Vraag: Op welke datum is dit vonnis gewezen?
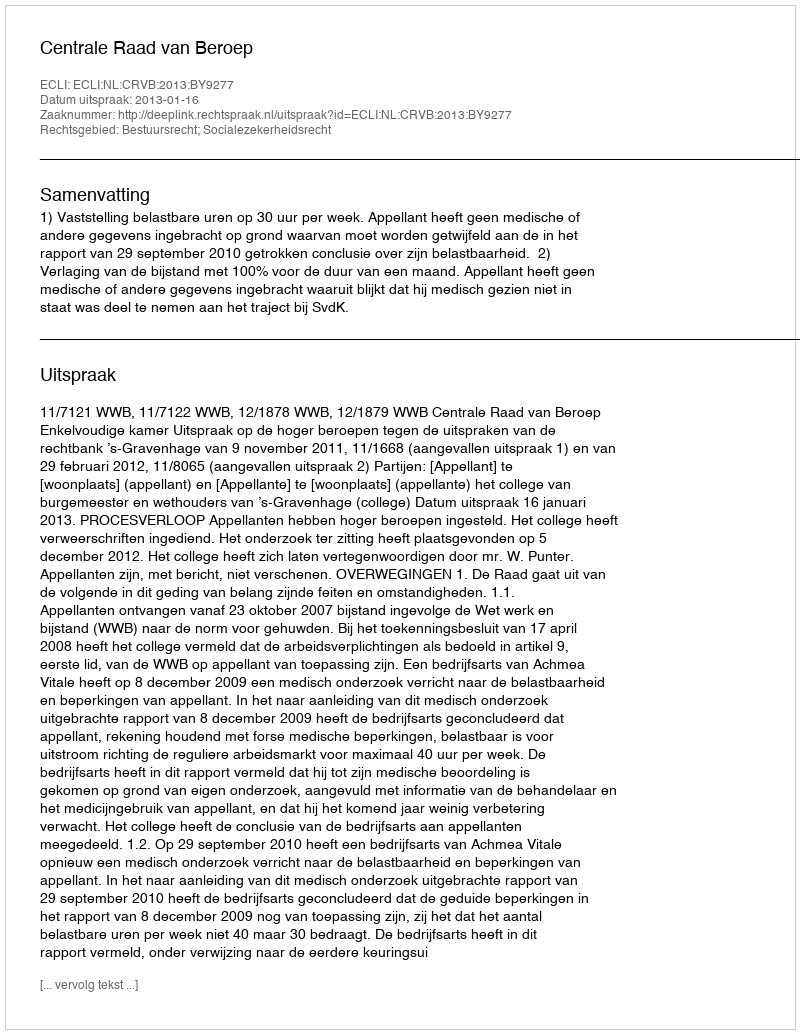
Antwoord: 2013-01-16